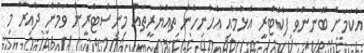
އެކަމަށް ބޭނުންވާ ފެކްޓްރީ އެޅުމާއި އެހެނިހެން ތައްޔާރީތައް މިނިސްޓްރީން ވަމުން ދާއިރު މި